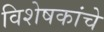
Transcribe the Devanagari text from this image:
विशेषकांचे